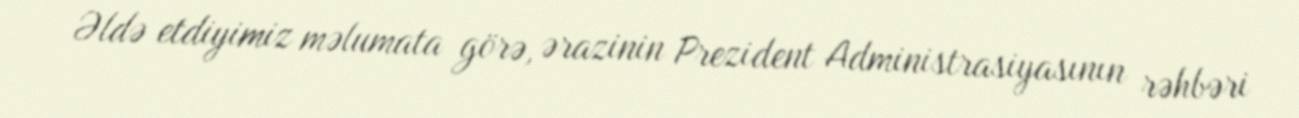
Əldə etdiyimiz məlumata görə, ərazinin Prezident Administrasiyasının rəhbəri